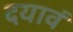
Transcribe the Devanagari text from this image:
दयावं